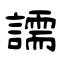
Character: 譳